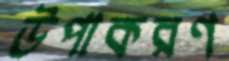
উপাকরণ